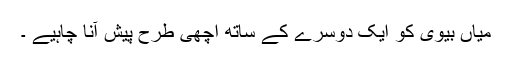
میاں بیوی کو ایک دوسرے کے ساتھ اچھی طرح پیش آنا چاہیے ۔